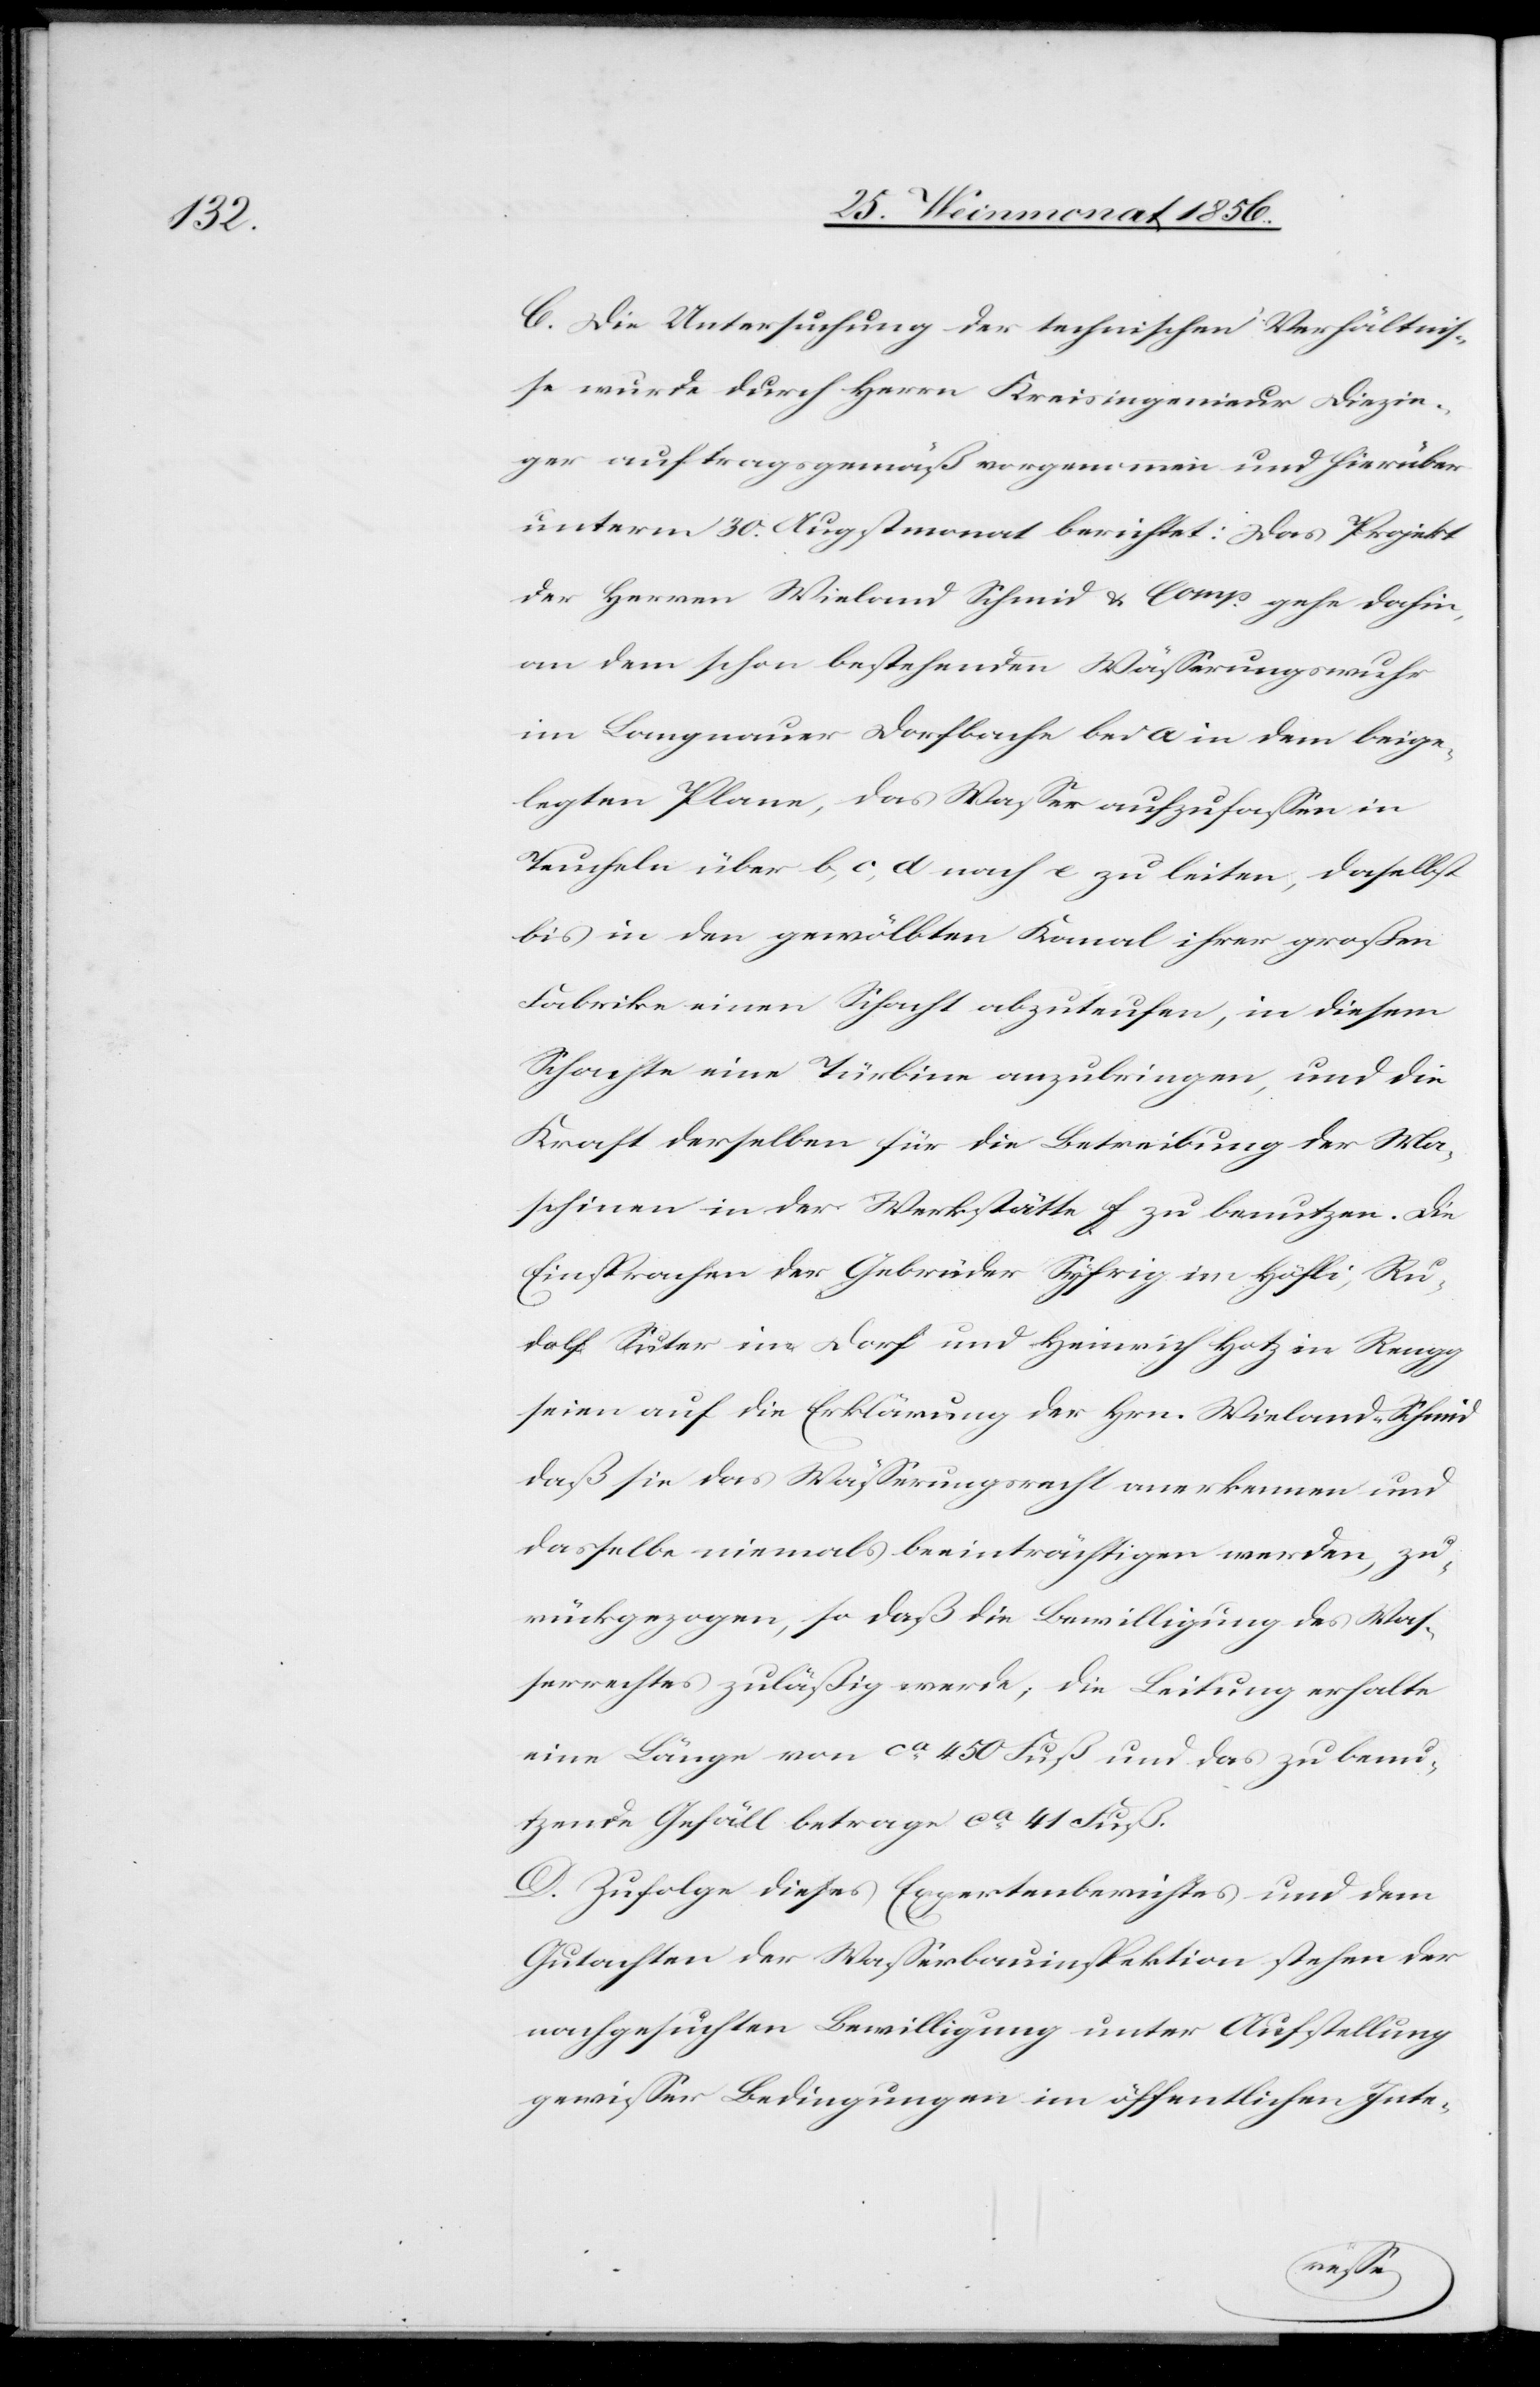
C. Die Untersuchung der technischen Verhältnis¬
se wurde durch Herrn Kreisingenieur Diezin¬
ger auftragsgemäß vorgenommen und hierüber
unterm 30. Augstmonat berichtet: Das Projekt
der Herren Wieland Schmid & Comp gehe dahin,
an dem schon bestehenden Wässerungswuhr
im Langnauer Dorfbache bei a in dem beige¬
legten Plane, das Wasser aufzufassen in
Teucheln über b, c, d nach e zu leiten, daselbst
bis in den gewölbten Kanal ihrer großen
Fabrike einen Schacht abzuteufen, in diesem
Schachte eine Türbine anzubringen, und die
Kraft derselben für die Betreibung der Ma¬
schinen in der Werkstätte f zu benutzen. Die
Einsprachen der Gebrüder Syfrig im Höfli, Ru¬
dolf Suter im Dorf und Heinrich Hotz in Reugg
seien auf die Erklärung der Hrn. Wieland-Schmid
daß sie das Wässerungsrecht anerkennen und
dasselbe niemals beeinträchtigen werden, zu¬
rückgezogen, so daß die Bewilligung des Was¬
serrechtes zuläßig werde; die Leitung erhalte
eine Länge von ca 450 Fuß und das zu benu¬
tzende Gefäll betrage ca 41 Fuß.
D. Zufolge dieses Expertenberichtes und dem
Gutachten der Wasserbauinspektion stehen der
nachgesuchten Bewilligung unter Aufstellung
gewisser Bedingungen im öffentlichen Inte-